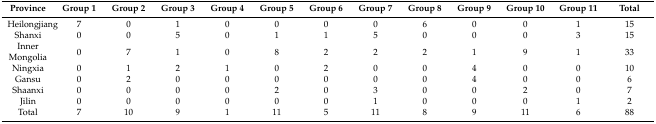
<table><thead><tr><td><b>Province</b></td><td><b>Group 1</b></td><td><b>Group 2</b></td><td><b>Group 3</b></td><td><b>Group 4</b></td><td><b>Group 5</b></td><td><b>Group 6</b></td><td><b>Group 7</b></td><td><b>Group 8</b></td><td><b>Group 9</b></td><td><b>Group 10</b></td><td><b>Group 11</b></td><td><b>Total</b></td></tr></thead><tbody><tr><td>Heilongjiang</td><td>7</td><td>0</td><td>1</td><td>0</td><td>0</td><td>0</td><td>0</td><td>6</td><td>0</td><td>0</td><td>1</td><td>15</td></tr><tr><td>Shanxi</td><td>0</td><td>0</td><td>5</td><td>0</td><td>1</td><td>1</td><td>5</td><td>0</td><td>0</td><td>0</td><td>3</td><td>15</td></tr><tr><td>Inner Mongolia</td><td>0</td><td>7</td><td>1</td><td>0</td><td>8</td><td>2</td><td>2</td><td>2</td><td>1</td><td>9</td><td>1</td><td>33</td></tr><tr><td>Ningxia</td><td>0</td><td>1</td><td>2</td><td>1</td><td>0</td><td>2</td><td>0</td><td>0</td><td>4</td><td>0</td><td>0</td><td>10</td></tr><tr><td>Gansu</td><td>0</td><td>2</td><td>0</td><td>0</td><td>0</td><td>0</td><td>0</td><td>0</td><td>4</td><td>0</td><td>0</td><td>6</td></tr><tr><td>Shaanxi</td><td>0</td><td>0</td><td>0</td><td>0</td><td>2</td><td>0</td><td>3</td><td>0</td><td>0</td><td>2</td><td>0</td><td>7</td></tr><tr><td>Jilin</td><td>0</td><td>0</td><td>0</td><td>0</td><td>0</td><td>0</td><td>1</td><td>0</td><td>0</td><td>0</td><td>1</td><td>2</td></tr><tr><td>Total</td><td>7</td><td>10</td><td>9</td><td>1</td><td>11</td><td>5</td><td>11</td><td>8</td><td>9</td><td>11</td><td>6</td><td>88</td></tr></tbody></table>